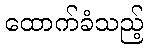
ထောက်ခံသည့်